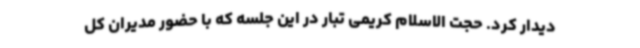
دیدار کرد. حجت الاسلام کریمی تبار در این جلسه که با حضور مدیران کل